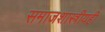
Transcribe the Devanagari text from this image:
समाजशास्त्रीयही